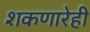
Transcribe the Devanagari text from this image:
शकणारेही